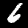
Label: 6